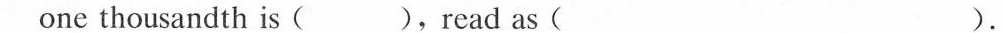
one thousandth is ( ),read as ( ).